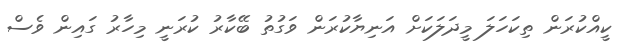
ކީއްކުރަން ތިކަހަލަ މީދަލަކަށް އަނިޔާކުރަން ވަގުތު ބޭކާރު ކުރަނީ މިހާރު ގައިން ވެސް